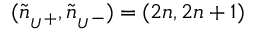
( \tilde { n } _ { { } _ { U } + } , \tilde { n } _ { { } _ { U } - } ) = ( 2 n , 2 n + 1 )